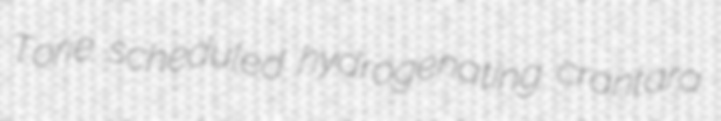
Torie scheduled hydrogenating crantara